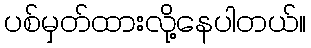
ပစ်မှတ်ထားလို့နေပါတယ်။